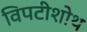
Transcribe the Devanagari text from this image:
विपटीशोथ